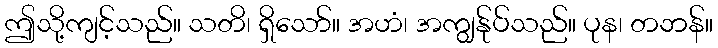
ဤသို့ကျင့်သည်။ သတိ၊ ရှိသော်။ အဟံ၊ အကျွန်ုပ်သည်။ ပုန၊ တဘန်။